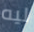
ليه